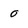
Character: 0